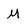
Character: M